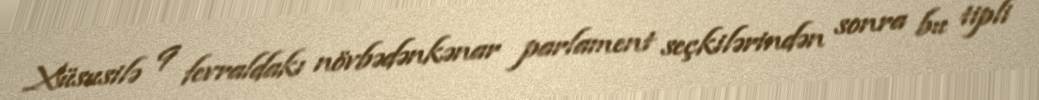
Xüsusilə 9 fevraldakı növbədənkənar parlament seçkilərindən sonra bu tipli